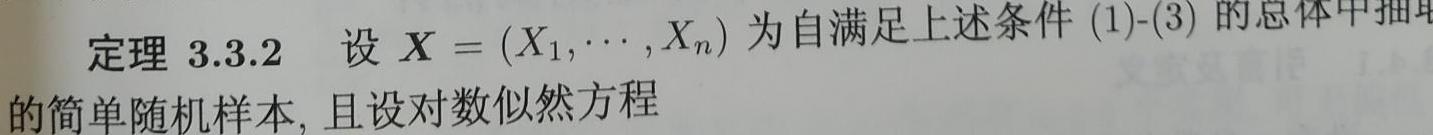
定理 3.3.2 设 $\boldsymbol{X}=(X_1,\cdots,X_n)$ 为自满足上述条件 (1)-(3) 的总体中抽取的简单随机样本, 且设对数似然方程